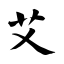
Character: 艾